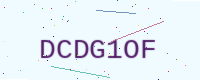
Text: DCDG1OF